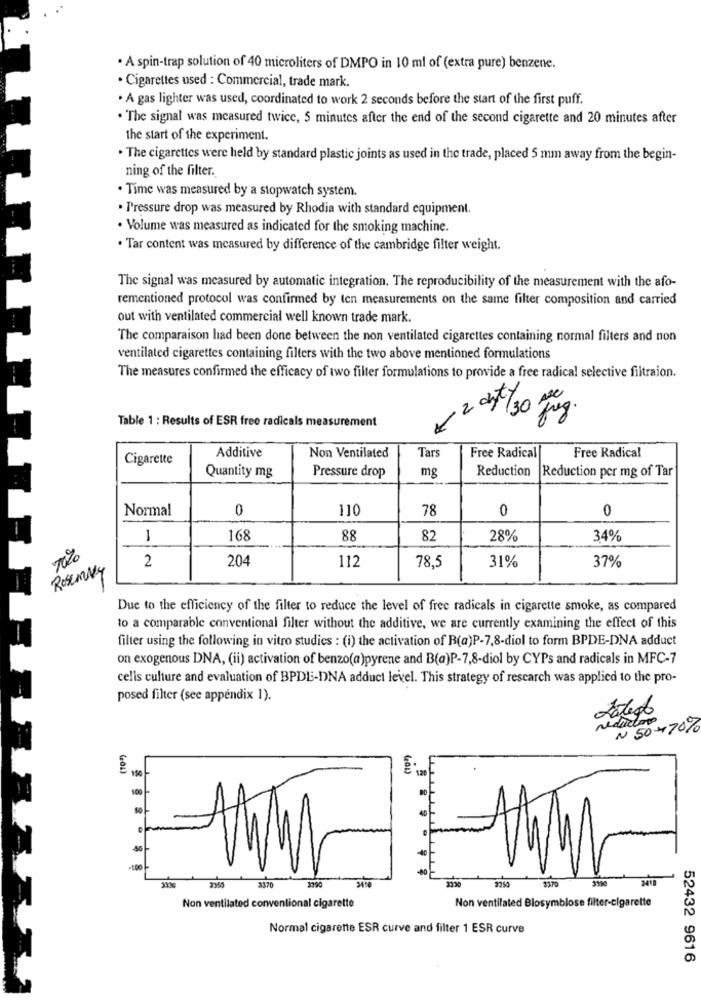
· A spin-trap solution of 40 microliters of DMPO in 10 ml of (extra pure) benzene.
· Cigarettes used : Commercial, trade mark.
. A gas lighter was used, coordinated to work 2 seconds before the start of the first puff.
. The signal was measured twice, 5 minutes after the end of the second cigarette and 20 minutes after
the start of the experiment.
. The cigarettes were held by standard plastic joints as used in the trade, placed 5 mm away from the begin-
ning of the filter.
· Time was measured by a stopwatch system.
· Pressure drop was measured by Rhodia with standard equipment.
· Volume was measured as indicated for the smoking machine.
. Tar content was measured by difference of the cambridge filter weight.
The signal was measured by automatic integration. The reproducibility of the measurement with the afo-
rementioned protocol was confirmed by ten measurements on the same filter composition and carried
out with ventilated commercial well known trade mark.
The comparaison had been done between the non ventilated cigarettes containing normal filters and non
ventilated cigarettes containing filters with the two above mentioned formulations
The measures confirmed the efficacy of two filter formulations to provide a free radical selective filtraion.
Table 1 : Results of ESR free radicals measurement
Tars
Cigarette
Additive
Non Ventilated
Free Radical
Free Radical
Pressure drop
mg
Reduction
Reduction per mg of Tar
Quantity mg
Normal
0
110
78
0
0
1
168
88
82
28%
34%
2
204
112
31%
ROSEMARY
78,5
37%
Due to the efficiency of the filter to reduce the level of free radicals in cigarette smoke, as compared
to a comparable conventional filter without the additive, we are currently examining the effect of this
filter using the following in vitro studies : (i) the activation of B(a)P-7,8-diol to form BPDE-DNA adduct
on exogenous DNA, (ii) activation of benzo(a)pyrene and B(a)P-7,8-diol by CYPs and radicals in MFC-7
cells culture and evaluation of BPDE-DNA adduct level. This strategy of rescarch was applied to the pro-
posed filter (see appendix 1).
reductor
N 50-470%
150
401)
1.20
100 -
50
3370
2010
3370
2350
Non ventilated Blosymbiose filter-cigarette
Non ventilated conventional cigarette
Normal cigarette ESR curve and filter 1 ESR curve
52432 9616